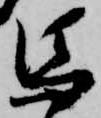
馬